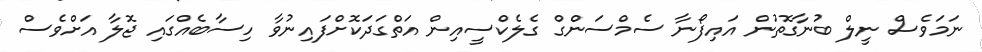
ނަމަވެސް ނީލް ބުނާގޮތުން އައިފޯނާ ސެމްސަންގް ގެލެކްސީއިން އަތްގަދަކޮށްފައިނުވާ ހިސާބެއްގައި ޖޮލާ އަށްވެސް